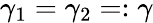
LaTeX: \gamma_{1}=\gamma_{2}=:\gamma